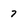
Character: 7